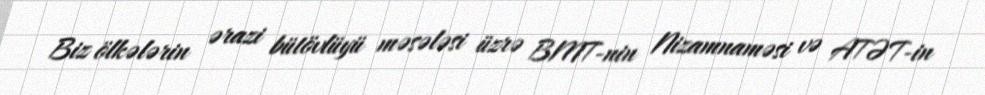
Biz ölkələrin ərazi bütövlüyü məsələsi üzrə BMT-nin Nizamnaməsi və ATƏT-in